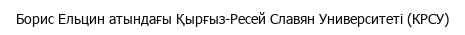
Борис Ельцин атындағы Қырғыз-Ресей Славян Университеті (КРСУ)